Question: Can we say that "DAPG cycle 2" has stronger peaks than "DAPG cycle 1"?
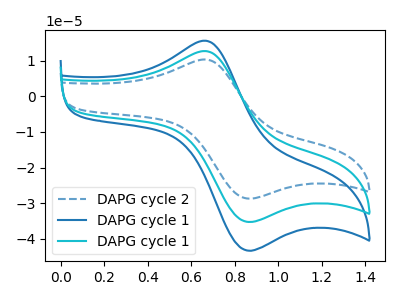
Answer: <think>The blue dashed curve "DAPG cycle 2" has an anodic peak at (0.65V, 10.40uA) and a cathodic peak at (0.85V, -28.55uA). The blue curve "DAPG cycle 1" has an anodic peak at (0.65V, 25.50uA) and a cathodic peak at (0.85V, -70.20uA). The cyan curve "DAPG cycle 1" has an anodic peak at (0.65V, 12.75uA) and a cathodic peak at (0.85V, -35.10uA).</think>
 <answer>Every peak in "DAPG cycle 2" is lower than every peak in "DAPG cycle 1".</answer>
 <eval>lower</eval>